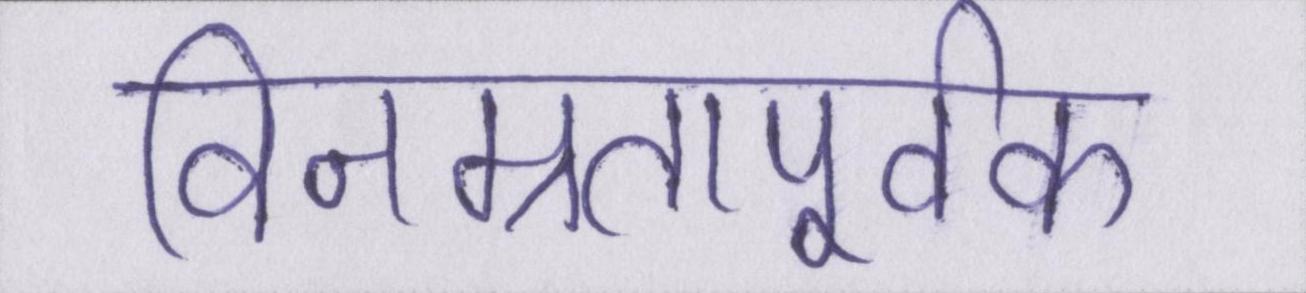
विनम्रतापूर्वक